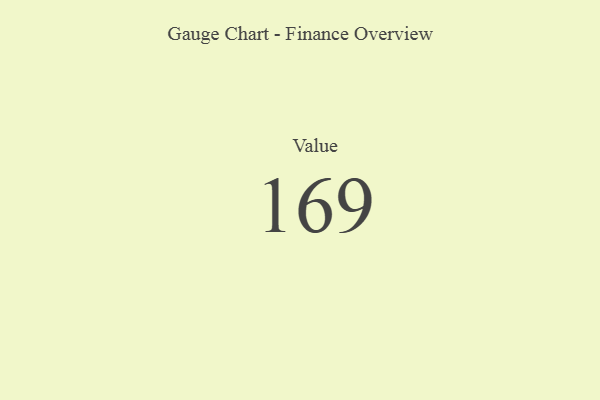
{"axis": {"x": "Metric", "y": "Value"}, "legend": [""], "data": [{"x": "Value", "y": 169, "type": ""}]}